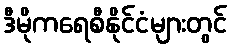
ဒီမိုကရေစီနိုင်ငံများတွင်